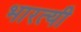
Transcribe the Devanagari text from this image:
भारत्यी